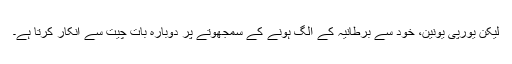
لیکن یورپی یونین، خود سے برطانیہ کے الگ ہونے کے سمجھوتے پر دوبارہ بات چیت سے انکار کرتا ہے۔